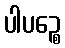
ပါပဉ္စေ